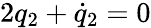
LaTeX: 2q_{2}+\dot{q}_{2}=0